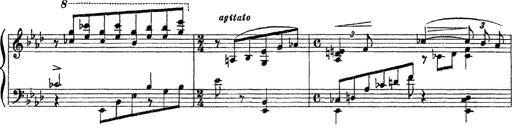
Title: 3 sonetti di Petrarca
Composer: Franz Liszt